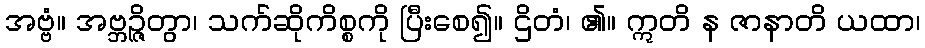
အဗ္ဗံ။ အဗ္ဘဉ္ဇိတွာ၊ သက်ဆိုကိစ္စကို ပြီးစေ၍။ ဌိတံ၊ ၏။ ဣတိ န ဇာနာတိ ယထာ၊